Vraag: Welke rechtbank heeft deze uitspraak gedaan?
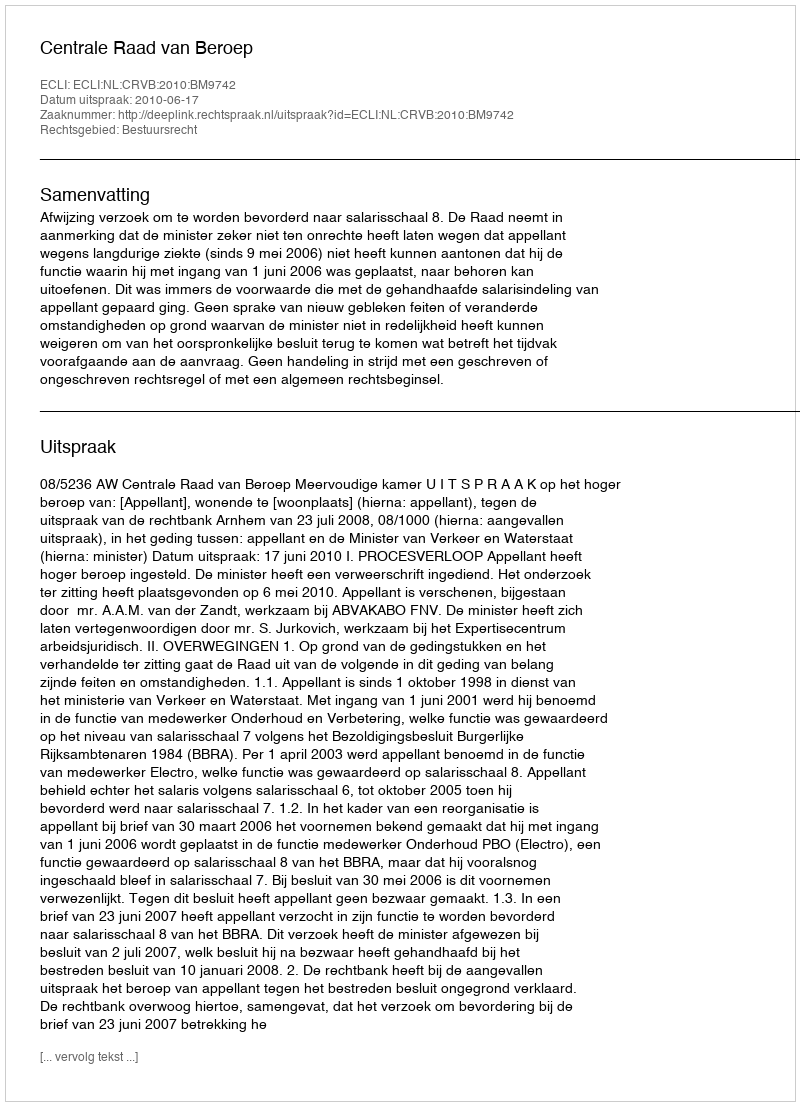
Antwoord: Centrale Raad van Beroep